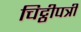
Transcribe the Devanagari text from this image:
चिट्ठीपत्री